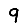
Digit: 9